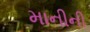
માનીની